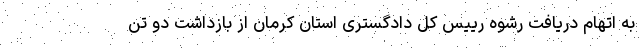
به اتهام دریافت رشوه رییس کل دادگستری استان کرمان از بازداشت دو تن